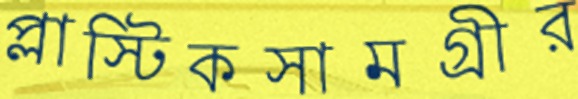
প্লাস্টিকসামগ্রীর